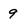
Character: 9